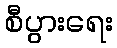
စီပွားရေး